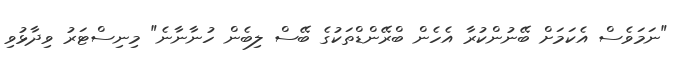
"ނަމަވެސް އެކަމަށް ބޭނުންކުރާ އެހެން ބްރޭންޑްތަކުގެ ބޭސް ލިބެން ހުނާނާނެ" މިނިސްޓަރު ވިދާޅުވި